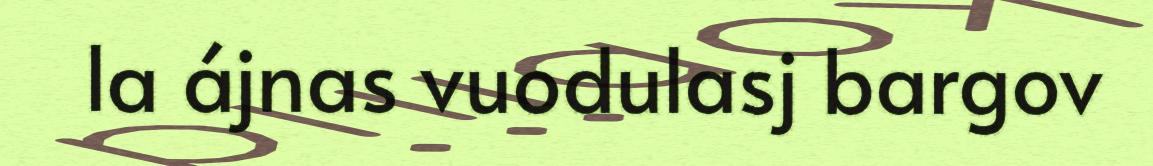
la ájnas vuodulasj bargov